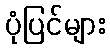
ပုံပြင်များ